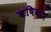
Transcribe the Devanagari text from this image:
ॠषिकेष